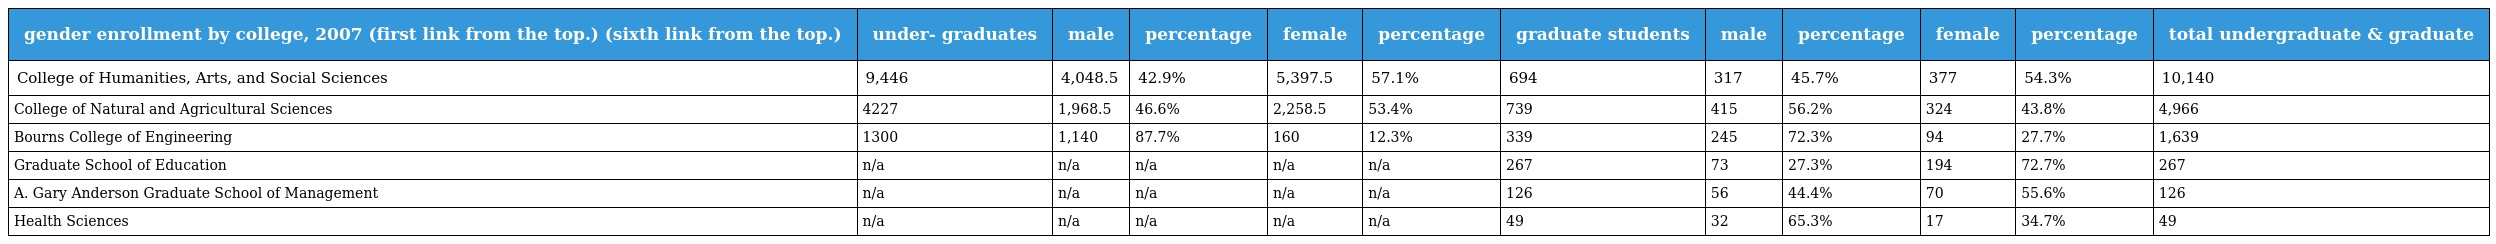
| gender enrollment by college, 2007 (first link from the top.) (sixth link from the top.) | under- graduates | male | percentage | female | percentage | graduate students | male | percentage | female | percentage | total undergraduate & graduate |
 | --- | --- | --- | --- | --- | --- | --- | --- | --- | --- | --- | --- |
 | College of Humanities, Arts, and Social Sciences | 9,446 | 4,048.5 | 42.9% | 5,397.5 | 57.1% | 694 | 317 | 45.7% | 377 | 54.3% | 10,140 |
 | College of Natural and Agricultural Sciences | 4227 | 1,968.5 | 46.6% | 2,258.5 | 53.4% | 739 | 415 | 56.2% | 324 | 43.8% | 4,966 |
 | Bourns College of Engineering | 1300 | 1,140 | 87.7% | 160 | 12.3% | 339 | 245 | 72.3% | 94 | 27.7% | 1,639 |
 | Graduate School of Education | n/a | n/a | n/a | n/a | n/a | 267 | 73 | 27.3% | 194 | 72.7% | 267 |
 | A. Gary Anderson Graduate School of Management | n/a | n/a | n/a | n/a | n/a | 126 | 56 | 44.4% | 70 | 55.6% | 126 |
 | Health Sciences | n/a | n/a | n/a | n/a | n/a | 49 | 32 | 65.3% | 17 | 34.7% | 49 |